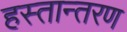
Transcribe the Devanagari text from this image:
हस्‍तान्‍तरण